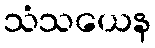
သံသယေန